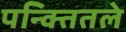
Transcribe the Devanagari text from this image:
पन्क्तितले